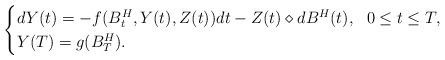
LaTeX: \begin{align*} \begin{cases} dY(t)= -f(B^{H}_{t},Y(t),Z(t))dt - Z(t) \diamond dB^{H}(t), \ \ 0\leq t\leq T, \\ Y(T)= g(B^{H}_{T}). \end{cases}\end{align*}